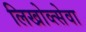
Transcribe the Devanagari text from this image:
लिखोव्त्सेवा